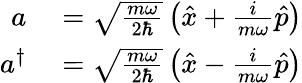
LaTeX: \begin{array}{rl}{a}&{{}={\sqrt{\frac{m\omega}{2\hbar}}}\left({\hat{x}}+{\frac{i}{m\omega}}{\hat{p}}\right)}\\ {a^{\dagger}}&{{}={\sqrt{\frac{m\omega}{2\hbar}}}\left({\hat{x}}-{\frac{i}{m\omega}}{\hat{p}}\right)}\end{array}